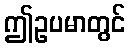
ဤဥပမာတွင်